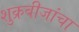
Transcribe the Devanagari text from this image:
शुक्रबीजांचा